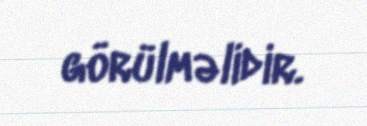
görülməlidir.